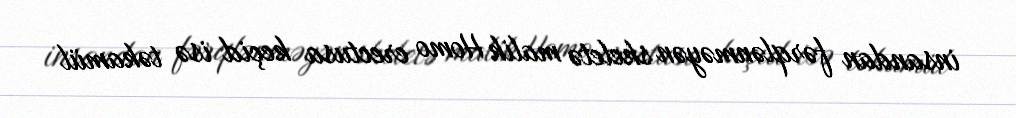
insandan fərqlənməyən skeletə malik Homo erectusa keçid isə təkamül